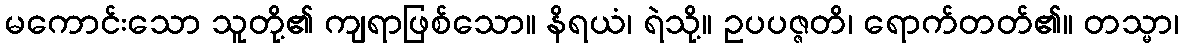
မကောင်းသော သူတို့၏ ကျရာဖြစ်သော။ နိရယံ၊ ရဲသို့။ ဥပပဇ္ဇတိ၊ ရောက်တတ်၏။ တသ္မာ၊